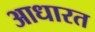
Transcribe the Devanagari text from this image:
आधारत